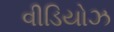
વીડિયોઝ